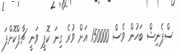
ސްޕެނިޝް ބަހުން ވެސް 150000 އަށް ވުރެ ގިނަ ކޮޕީ ވަނީ ޗާޕްކޮށްފަ